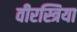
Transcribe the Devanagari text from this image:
वीरस्त्रिया